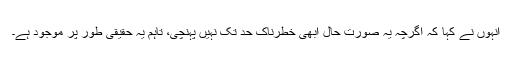
انہوں نے کہا کہ اگرچہ یہ صورت حال ابھی خطرناک حد تک نہیں پہنچی، تاہم یہ حقیقی طور پر موجود ہے۔